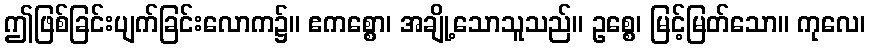
ဤဖြစ်ခြင်းပျက်ခြင်းလောက၌။ ဧကစ္စော၊ အချို့သောသူသည်။ ဥစ္စေ၊ မြင့်မြတ်သော။ ကုလေ၊